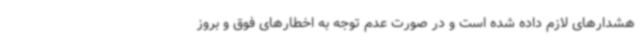
هشدارهای لازم داده شده است و در صورت عدم توجه به اخطارهای فوق و بروز